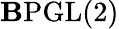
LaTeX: \mathbf{B}{\mathrm{{PGL}}}(2)